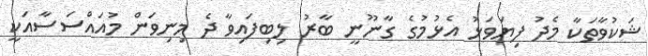
ޝަކުވާތަކާ މެދު ފިޔަވަޅު އެޅުމުގެ ގާނޫނީ ބާރު ލިބިފައިވާ ދެ މިނިވަން މުއައްސަސާއަކީ